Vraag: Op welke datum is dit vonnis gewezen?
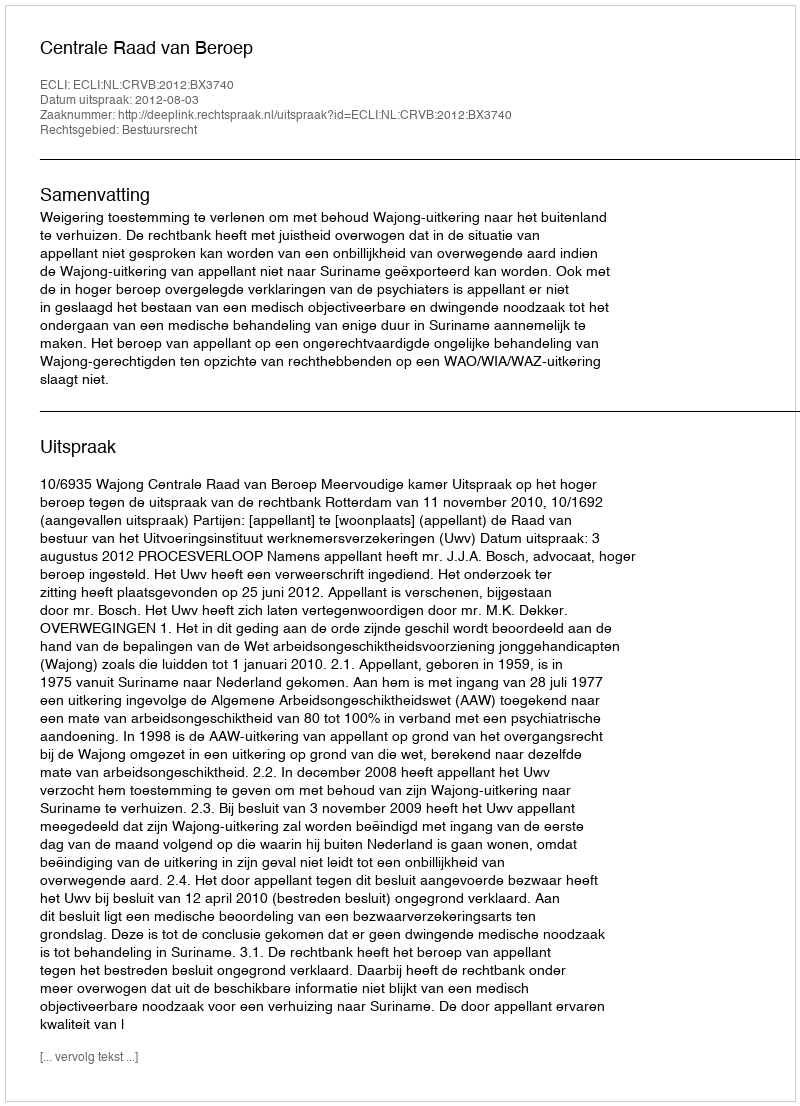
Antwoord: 2012-08-03